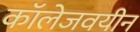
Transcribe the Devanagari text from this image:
कॉलेजवयीन